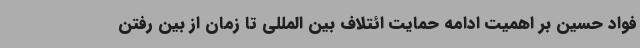
فواد حسین بر اهمیت ادامه حمایت ائتلاف بین المللی تا زمان از بین رفتن